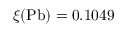
\xi ( \mathrm { P b } ) = 0 . 1 0 4 9